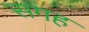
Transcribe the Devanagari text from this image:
सगह